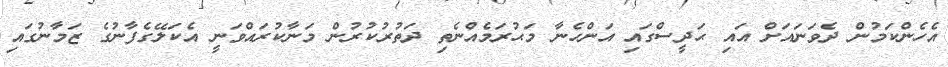
އެހެންކަމުން ދެވަނައަށް އައި ޙަދީސްގައި އަންހެނާ މަޙުރަމެއްނެތި ދަތުރުކުރުން މަނާކުރައްވަނީ އެކަލޭގެފާނުގެ ޒަމާނުގައި